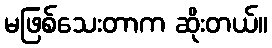
မဖြစ်သေးတာက ဆိုးတယ်။